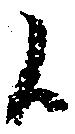
候